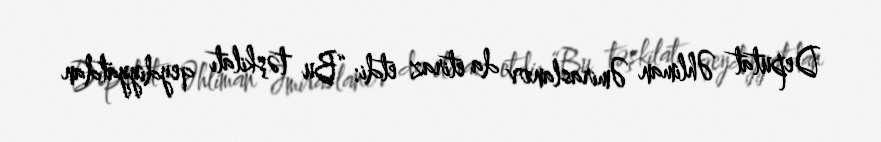
Deputat Əhliman Əmiraslanov da etiraz etdi: “Bu təşkilatı qeydiyyatdan